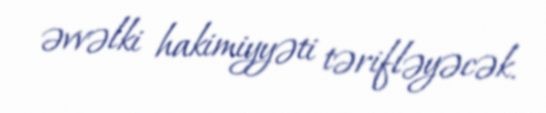
əvvəlki hakimiyyəti tərifləyəcək.